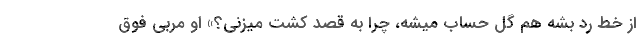
از خط رد بشه هم گل حساب میشه، چرا به قصد کُشت میزنی؟» او مربی فوق